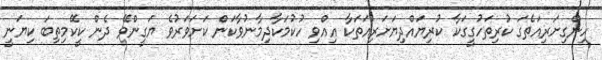
ހިންގިށަރިއަތެގަ ކުރިތަހުގީގަކާ ކުރިޔައްދިޔަށަރިއަތަކާ އިއްވި ހުކުމަކާދިމާނުވާކަން ކަށަވަރުވެ ޔަގީންވޭ ދެން ކީކޭމިތިބަ ކިޔަނީ